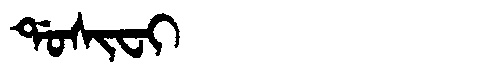
Manchu: ᡩᠣᠰᡳᠸᡳ
Romanization: DOSIFI